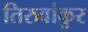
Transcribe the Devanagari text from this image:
तिरुवांकुर